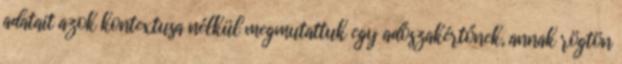
adatait azok kontextusa nélkül megmutattuk egy adószak­értőnek, annak rögtön